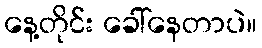
နေ့တိုင်း ခေါ်နေတာပဲ။